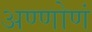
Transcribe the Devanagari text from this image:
अण्णोणं